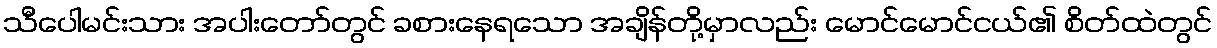
သီပေါမင်းသား အပါးတော်တွင် ခစားနေရသော အချိန်တို့မှာလည်း မောင်မောင်ငယ်၏ စိတ်ထဲတွင်